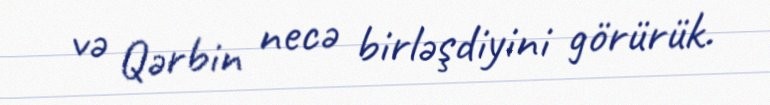
və Qərbin necə birləşdiyini görürük.